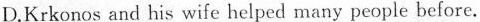
D.Krkonos and his wife helped many people before.